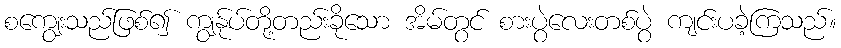
စကျွေးသည်ဖြစ်၍ ကျွန်ုပ်တို့တည်းခိုသော အိမ်တွင် စားပွဲလေးတစ်ပွဲ ကျင်းပခဲ့ကြသည်။